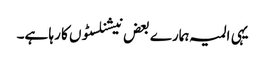
یہی المیہ ہمارے بعض نیشنلسٹوں کا رہا ہے۔